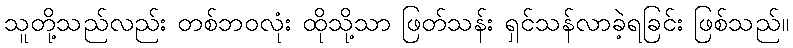
သူတို့သည်လည်း တစ်ဘဝလုံး ထိုသို့သာ ဖြတ်သန်း ရှင်သန်လာခဲ့ရခြင်း ဖြစ်သည်။